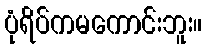
ပုံရိပ်ကမကောင်းဘူး။